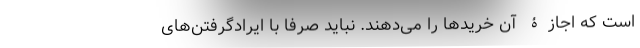
است که اجازۀ آن خریدها را می‌دهند. نباید صرفاً با ایرادگرفتن‌های